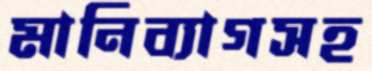
মানিব্যাগসহ